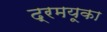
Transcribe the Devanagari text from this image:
द्रमयूका